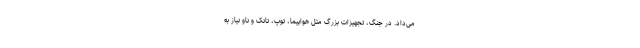
می‌داد. در جنگ، تجهیزات بزرگ مثل هواپیما، توپ، تانک و ناو نیاز به